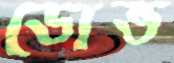
ডোভ